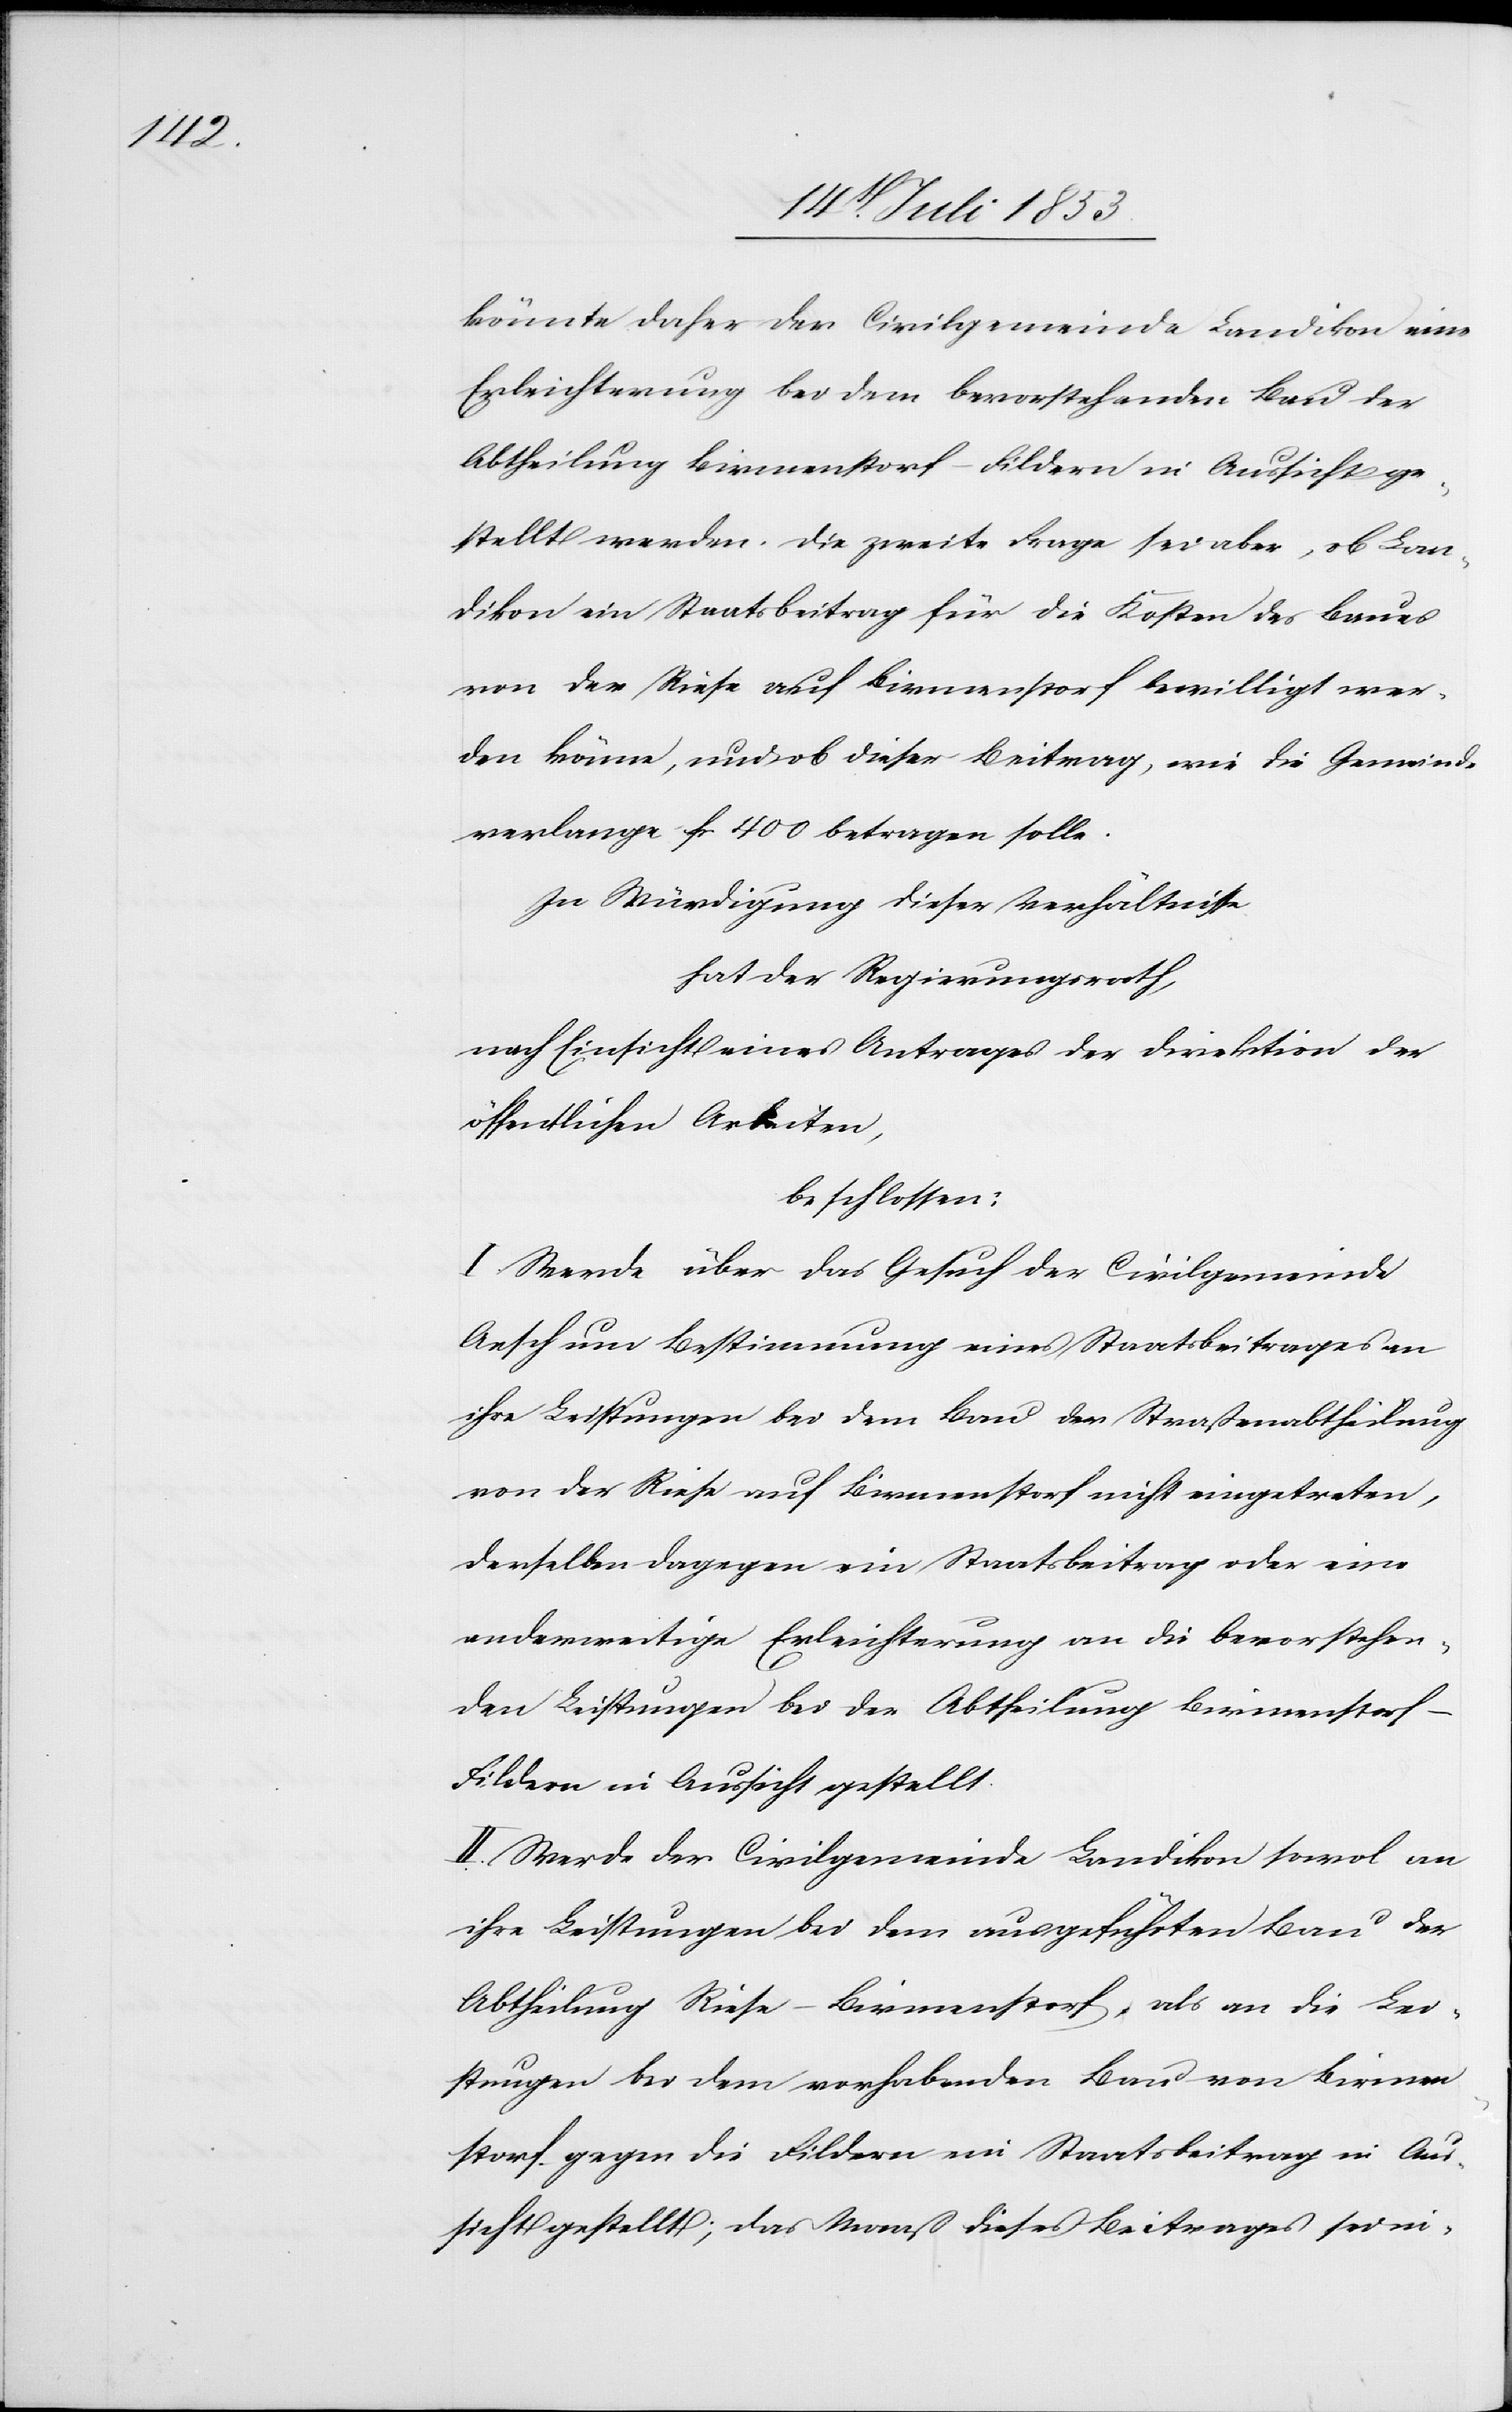
könnte daher der Civilgemeinde Landikon eine
Erleichterung bei dem bevorstehenden Bau der
Abtheilung Birmenstorf-Fildern in Aussicht ge¬
stellt werden. Die zweite Frage sei aber, ob Lan¬
dikon ein Staatsbeitrag für die Kosten des Baues
von der Riese auf Birmenstorf bewilligt wer¬
den könne, und ob dieser Beitrag, wie die Gemeinde
verlange fr 400 betragen solle.
In Würdigung dieser Verhältnisse
hat der Regierungsrath,
nach Einsicht eines Antrages der Direktion der
öffentlichen Arbeiten,
beschlossen:
I. Werde über das Gesuch der Civilgemeinde
Aesch um Bestimmung eines Staatsbeitrages an
ihre Leistungen bei dem Bau der Staatsabtheilung
von der Riese auf Birmenstorf nicht eingetreten,
derselben dagegen ein Staatsbeitrag oder eine
anderweitige Erleichterung an die bevorstehen¬
den Leistungen bei der Abtheilung Birmenstorf-F¬
ildern in Aussicht gestellt.
II. Werde der Civilgemeinde Landikon sowol an
ihre Leistungen bei dem ausgeführten Bau der
Abtheilung Riese-Birmenstorf, als an die Lei¬
stungen bei dem vorhabenden Bau von Birmen¬
storf gegen die Fildern ein Staatsbeitrag in Aus¬
sicht gestellt; das Maaß dieses Beitrages sei in-